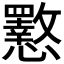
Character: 𭟟